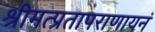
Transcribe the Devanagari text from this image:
श्रीमत्प्रतापराणायनं